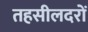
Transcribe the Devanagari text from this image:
तहसीलदरों